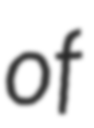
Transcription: of